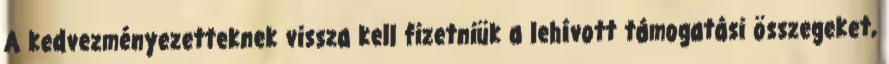
A kedvezményezetteknek vissza kell fizetniük a lehívott támogatási összegeket,